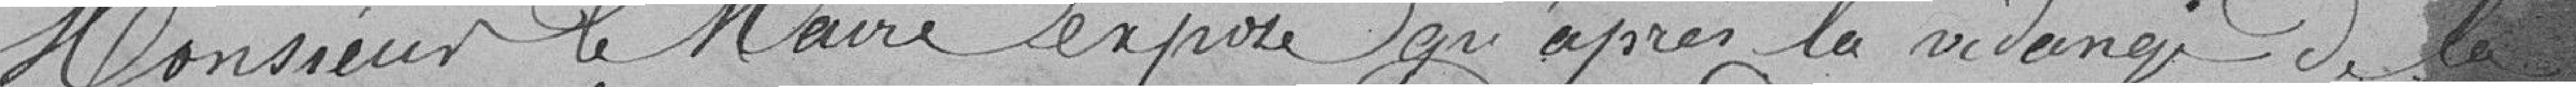
Monsieur le Maire expose qu'après la vidange de la